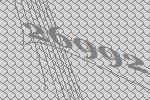
26992